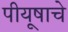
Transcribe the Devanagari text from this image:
पीयूषाचे